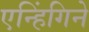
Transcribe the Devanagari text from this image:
एन्हिंगिने